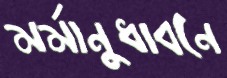
মর্মানুধাবনে